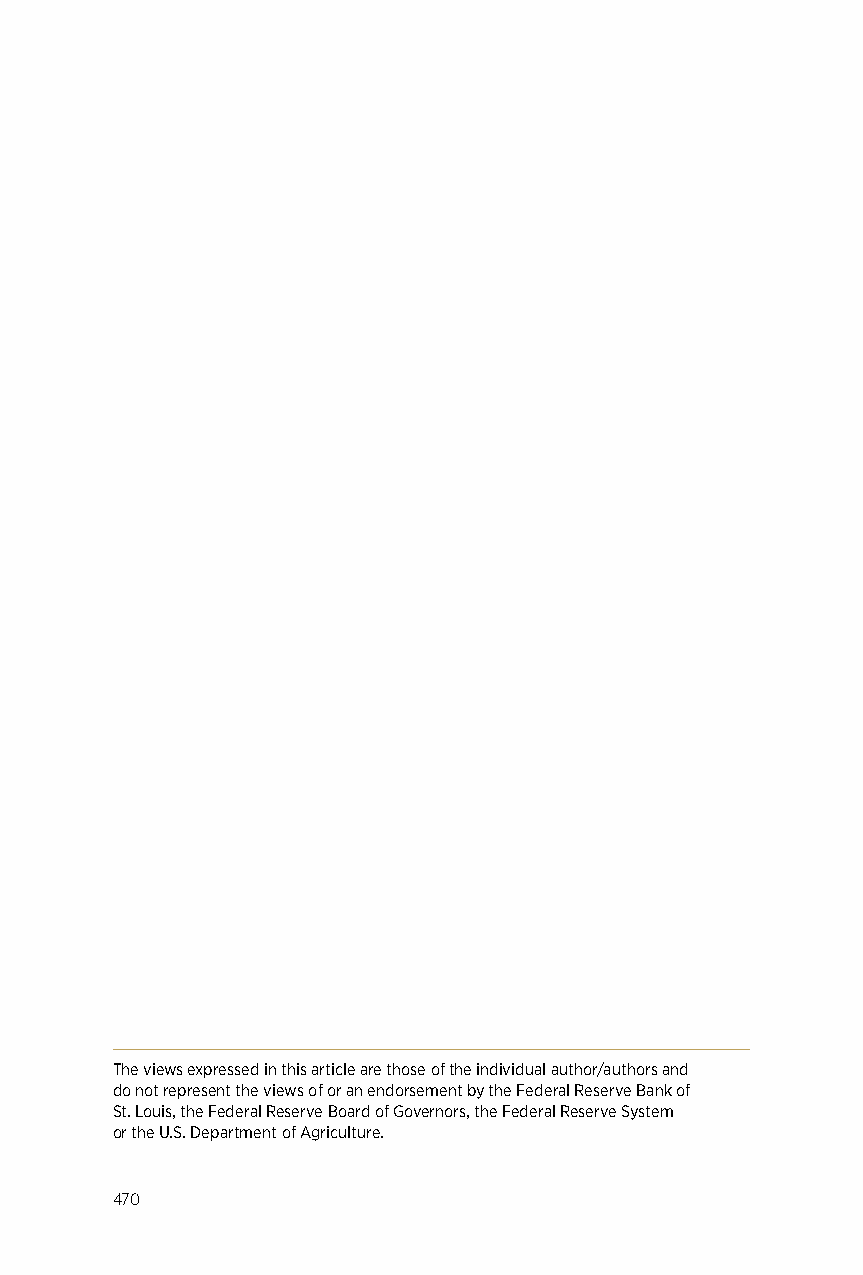
The views expressed in this article are those of the individual author/authors and
 do not represent the views of or an endorsement by the Federal Reserve Bank of
 St. Louis, the Federal Reserve Board of Governors, the Federal Reserve System
 or the U.S. Department of Agriculture.
 470